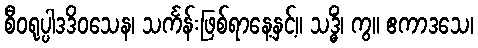
စီဝရုပ္ပါဒဒိဝသေန၊ သင်္ကန်းဖြစ်ရာနေ့နှင့်။ သဒ္ဓိံ၊ ကွ။ ဧကာဒသေ၊